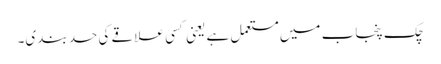
چک پنجاب میں مستعمل ہے یعنی کسی علاقے کی حد بندی۔